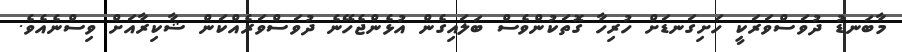
މާބަނޑު ދުވަސްވަރަކީ ހަށިގަނޑަށް ހުރިހާ ގޮތަކުންވެސް ބަލައިގެން އުޅެންޖެހޭނެ ދުވަސްވަރެއްކަން ޝާކިރާއަށް ވިސްނެއެވެ.